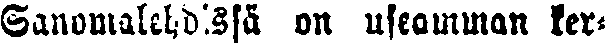
Sanomalehdessä on useamman ker-